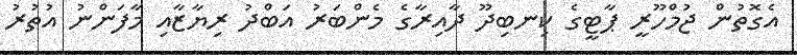
އެގޮތުން ޖުމްހޫރީ ޕާޓީގެ ކިނބިދޫ ދާއިރާގެ މެންބަރު އަބްދު ރިޔާޒާއި މާފަންނު އުތުރު